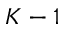
K - 1